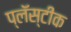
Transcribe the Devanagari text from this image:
प्लॅस्टीक